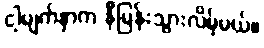
ငါ့မျက်နှာက နီမြန်းသွားလိမ့်မယ်။